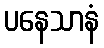
ပနေသာနံ